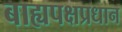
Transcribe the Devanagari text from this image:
बाह्यपक्षप्रधान